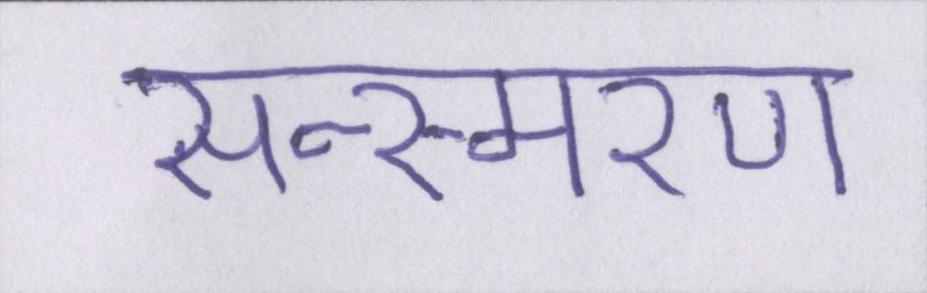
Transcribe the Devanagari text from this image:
सन्स्मरण